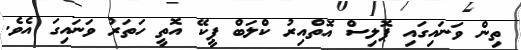
ތިން ވަނައިގައި ޕޮލިސް އޮތްއިރު ކްލަބް ޕީކޭ އޮތީ ހަތަރު ވަނައިގަ އެވެ.